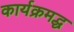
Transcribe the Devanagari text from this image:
कार्यक्रमद्ध